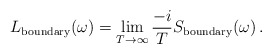
\begin{align*}L_{{\rm boundary}}(\omega) = \lim_{T\to\infty} \frac{-i}{T}S_{{\rm boundary}}(\omega) \,.\end{align*}